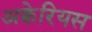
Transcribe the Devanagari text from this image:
अक्वेरियस